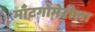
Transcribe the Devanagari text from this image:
माँटगोमेरीला